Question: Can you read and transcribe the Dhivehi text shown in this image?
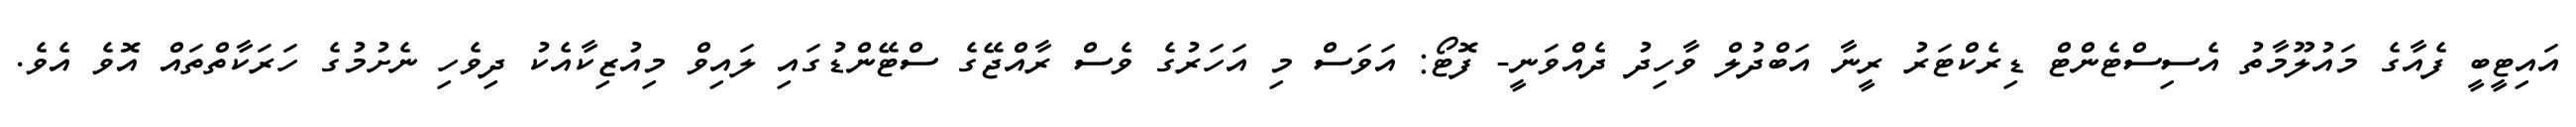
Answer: އައިޓީބީ ފެއާގެ މައުލޫމާތު އެސިސްޓެންޓް ޑިރެކްޓަރު ރީނާ އަބްދުލް ވާހިދު ދެއްވަނީ- ފޮޓޯ: އަވަސް މި އަހަރުގެ ވެސް ރާއްޖޭގެ ސްޓޭންޑުގައި ލައިވް މިއުޒިކާއެކު ދިވެހި ނެށުމުގެ ހަރަކާތްތައް އޮވެ އެވެ.